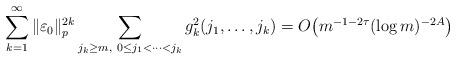
LaTeX: \begin{align*}\sum_{k=1}^\infty\|\varepsilon_0\|_p^{2k} \sum_{j_k\ge m,\ 0 \le j_1 < \cdots< j_k} g^2_k(j_1, \ldots,j_k) = O\bigl(m^{-1-2\tau}(\log m)^{-2A}\bigr)\end{align*}